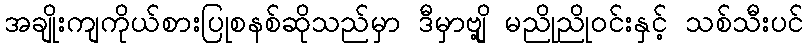
အချိုးကျကိုယ်စားပြုစနစ်ဆိုသည်မှာ ဒီမှာဗျို့ မညိုညိုဝင်းနှင့် သစ်သီးပင်